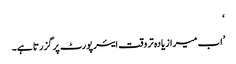
‘
’اب میرا زیادہ تر وقت ایئرپورٹ پر گزرتا ہے۔